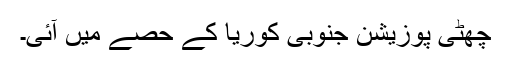
چھٹی پوزیشن جنوبی کوریا کے حصے میں آئی۔